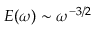
E ( \omega ) \sim \omega ^ { - 3 / 2 }